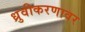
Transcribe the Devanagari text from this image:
ध्रुवीकरणावर